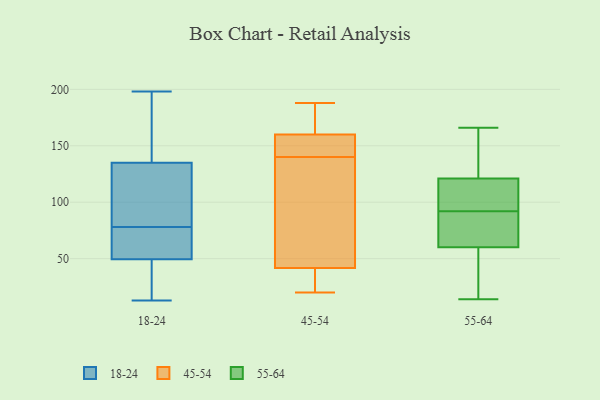
{"axis": {"x": "Revenue (USD Million)", "y": "Value"}, "legend": ["18-24", "45-54", "55-64"], "data": [{"x": "", "y": 185, "type": "18-24"}, {"x": "", "y": 50, "type": "18-24"}, {"x": "", "y": 50, "type": "18-24"}, {"x": "", "y": 13, "type": "18-24"}, {"x": "", "y": 48, "type": "18-24"}, {"x": "", "y": 36, "type": "18-24"}, {"x": "", "y": 88, "type": "18-24"}, {"x": "", "y": 78, "type": "18-24"}, {"x": "", "y": 86, "type": "18-24"}, {"x": "", "y": 125, "type": "18-24"}, {"x": "", "y": 58, "type": "18-24"}, {"x": "", "y": 198, "type": "18-24"}, {"x": "", "y": 165, "type": "18-24"}, {"x": "", "y": 38, "type": "45-54"}, {"x": "", "y": 43, "type": "45-54"}, {"x": "", "y": 188, "type": "45-54"}, {"x": "", "y": 152, "type": "45-54"}, {"x": "", "y": 38, "type": "45-54"}, {"x": "", "y": 187, "type": "45-54"}, {"x": "", "y": 184, "type": "45-54"}, {"x": "", "y": 140, "type": "45-54"}, {"x": "", "y": 20, "type": "45-54"}, {"x": "", "y": 145, "type": "45-54"}, {"x": "", "y": 96, "type": "45-54"}, {"x": "", "y": 95, "type": "45-54"}, {"x": "", "y": 145, "type": "45-54"}, {"x": "", "y": 14, "type": "55-64"}, {"x": "", "y": 115, "type": "55-64"}, {"x": "", "y": 117, "type": "55-64"}, {"x": "", "y": 64, "type": "55-64"}, {"x": "", "y": 133, "type": "55-64"}, {"x": "", "y": 92, "type": "55-64"}, {"x": "", "y": 166, "type": "55-64"}, {"x": "", "y": 134, "type": "55-64"}, {"x": "", "y": 48, "type": "55-64"}, {"x": "", "y": 25, "type": "55-64"}, {"x": "", "y": 76, "type": "55-64"}, {"x": "", "y": 100, "type": "55-64"}, {"x": "", "y": 67, "type": "55-64"}]}